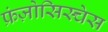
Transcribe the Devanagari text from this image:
फ्रंज़ोसिस्चेस